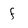
Character: f